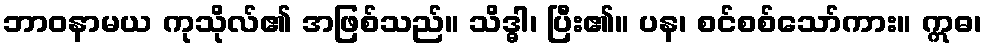
ဘာဝနာမယ ကုသိုလ်၏ အဖြစ်သည်။ သိဒ္ဓါ၊ ပြီး၏။ ပန၊ စင်စစ်သော်ကား။ ဣဓ၊